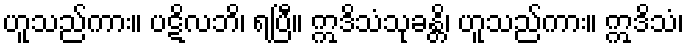
ဟူသည်ကား။ ပဋိလဘိ၊ ရပြီ။ ဣဒိသံသုခန္တိ၊ ဟူသည်ကား။ ဣဒိသံ၊